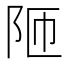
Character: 𮤼